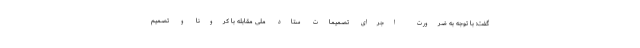
گفت: با توجه به ضرورت اجرای تصمیمات ستاد ملی مقابله با کرونا و تصمیم